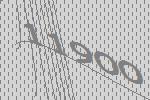
11900